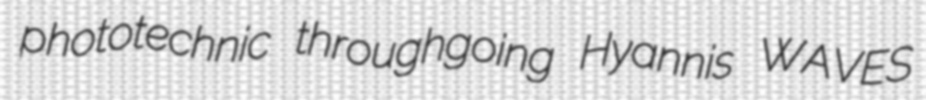
phototechnic throughgoing Hyannis WAVES